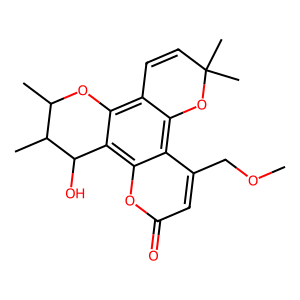
SMILES: COCc1cc(=O)oc2c3c(c4c(c12)OC(C)(C)C=C4)OC(C)C(C)C3O
Inhibits HIV replication: Yes